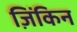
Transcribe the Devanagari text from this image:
ज़िंकिन